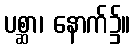
ပစ္ဆာ၊ နောက်၌။